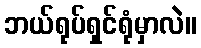
ဘယ်ရုပ်ရှင်ရုံမှာလဲ။